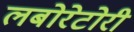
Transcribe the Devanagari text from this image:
लबोरेटोरी